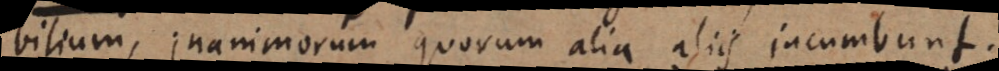
bilium, inanimorum quorum alia aliis incumbunt.